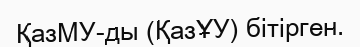
ҚазМУ-ды (ҚазҰУ) бітірген.